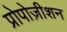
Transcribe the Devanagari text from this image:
प्रोपोज़ीशन